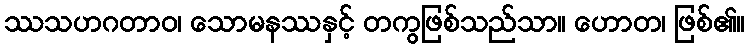
ဿသဟဂတာဝ၊ သောမနဿနှင့် တကွဖြစ်သည်သာ။ ဟောတ၊ ဖြစ်၏။